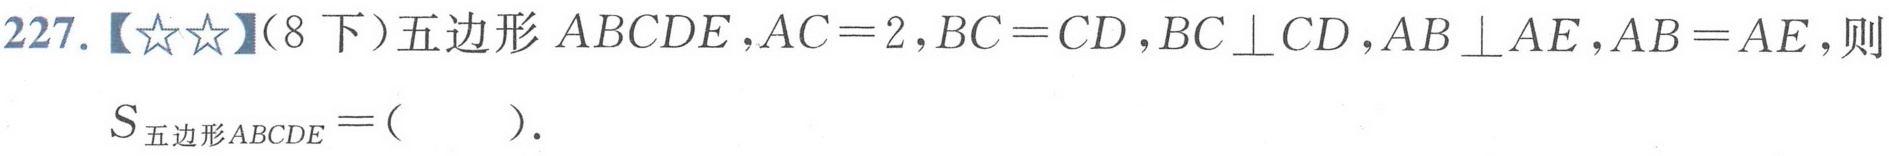
227.【★★】(8下)五边形 \(ABCDE\)，\(AC = 2\)，\(BC = CD\)，\(BC\perp CD\)，\(AB\perp AE\)，\(AB = AE\)，则
\(S_{五边形ABCDE}=(\quad)\).